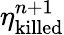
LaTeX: \eta_{\mathrm{killed}}^{n+1}